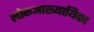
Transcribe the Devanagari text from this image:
लोकआख्यायिका